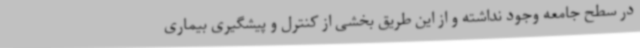
در سطح جامعه وجود نداشته و از این طریق بخشی از کنترل و پیشگیری بیماری